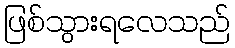
ဖြစ်သွားရလေသည်